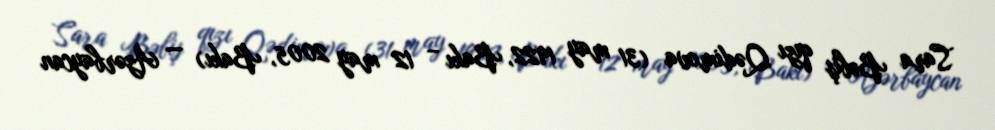
Sara Bəbiş qızı Qədimova (31 may 1922, Bakı – 12 may 2005, Bakı) — Azərbaycan